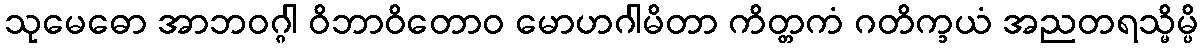
သုမေဓော အာဘဝဂ္ဂါ ဝိဘာဝိတောဝ မောဟဂါမိတာ ကိတ္တကံ ဂတိက္ခယံ အညတရသ္မိမ္ပိ